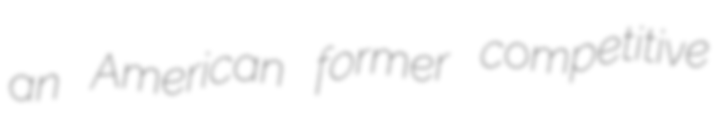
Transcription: an American former competitive